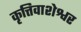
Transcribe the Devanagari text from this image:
कृत्तिवाशेश्वर